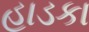
હાડકા